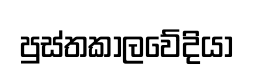
පුස්තකාලවේදියා